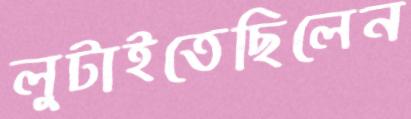
লুটাইতেছিলেন